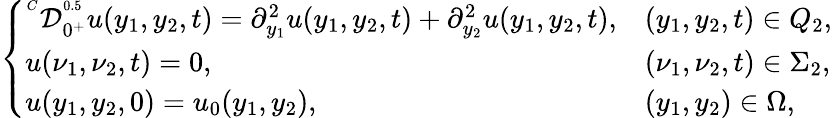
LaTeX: \left\{ \begin{array}{llll}{^{^C}\mathcal{D}_{0^{+}}^{^{0.5}}u(y_{1},y_{2},t)=\partial_{y_{1}}^{2}u(y_{1},y_{2},t)+\partial_{y_{2}}^{2}u(y_{1},y_{2},t),}&{(y_{1},y_{2},t)\in Q_{2},}\\ {u(\nu_{1},\nu_{2},t)=0,}&{(\nu_{1},\nu_{2},t)\in\Sigma_{2},}\\ {u(y_{1},y_{2},0)=u_{0}(y_{1},y_{2}),}&{(y_{1},y_{2})\in\Omega,}\end{array}\right.